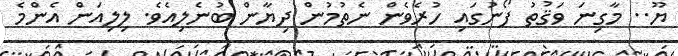
ޔޫ.. މާގިނަ ވަޤުތު ފޯނުގައި ހުރެވެން ނެތުމުން ދިޔާން ބުނެލިއެވެ. ލިލިއަން އެންމެ